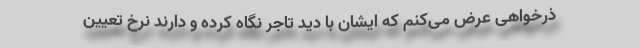
ذرخواهی عرض می‌کنم که ایشان با دید تاجر نگاه کرده و دارند نرخ تعیین